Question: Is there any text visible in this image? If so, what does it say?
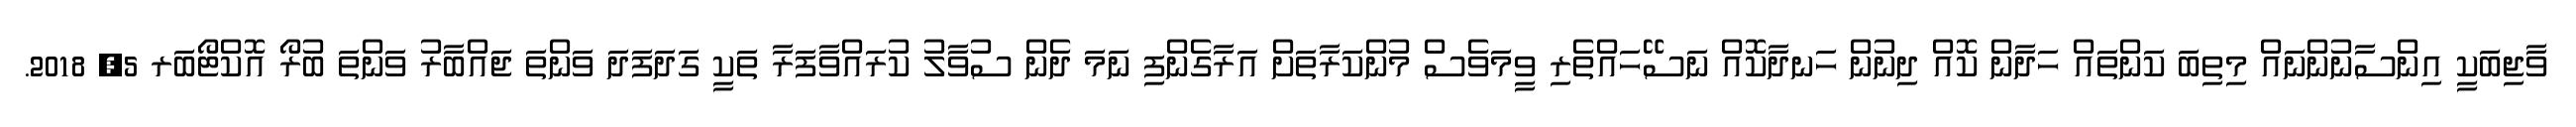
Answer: ވާޖިބަކީ އިންސާނުންނައް މިތިބަ ކަންތައް ހަދާން ކޮއް ދިނުން ހަނދާކޮއް ނަސޭހައްތެރި ވީމަވެސް މުންކަރާތަށް އަރާގެންފި ނަމަ ދެން ސުވާލު ކުރައްވާފަރާ ތަކީ ގަދަފަދަ ވަންތަ ޖައްބާރު ވަންތަ ބުރޯ އޮކްޓޯބަރ 5, 2018.